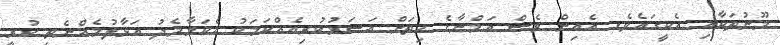
މޫނުތަކާއި އެކީގައެވެ. އެއިން ވެސް އަމްނާގެ ހިތަށް އަސަރުކުރިއެއްކަމަކު އެކަމާމެދު އަޅާލުމެއްނެތި ކުރީ